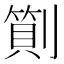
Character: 𠟬